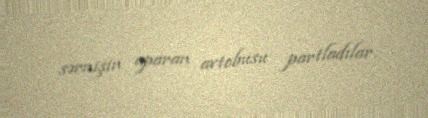
sərnişin aparan avtobusu partladılar.